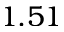
1 . 5 1